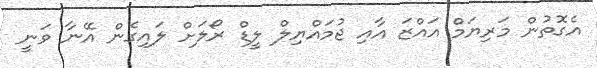
އެގޮތުން މަރިޔަމް އައްޒަ އާއި ޖުމައްޔިލް ލީޑް ރޯލަށް ލައިގެން އޭނާ ވަނީ